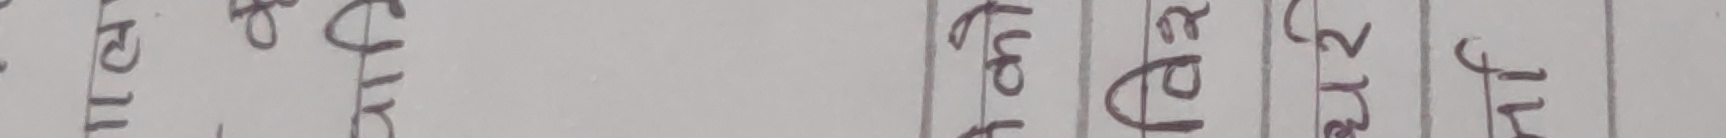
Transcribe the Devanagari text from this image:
परि छोरा छोराके उरत हेर्नु गरिया थियो